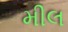
મીલ